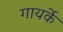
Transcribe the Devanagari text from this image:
गायर्के